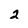
Character: 2